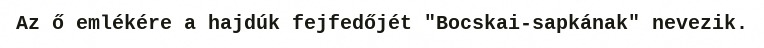
Az ő emlékére a hajdúk fejfedőjét "Bocskai-sapkának" nevezik.